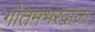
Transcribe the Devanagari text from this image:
गोतमभरद्वाजा